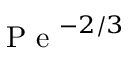
\mathrm { ~ P ~ e ~ } ^ { - 2 / 3 }